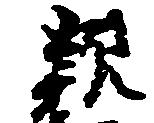
親